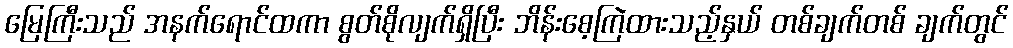
မြေကြီးသည် အနက်ရောင်ထကာ စွတ်စိုလျက်ရှိပြီး ဘိန်းစေ့ကြဲထားသည့်နှယ် တစ်ချက်တစ် ချက်တွင်